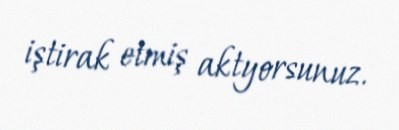
iştirak etmiş aktyorsunuz.